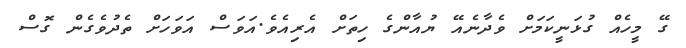
ގޭ މީހެއް ގުޅަނީކަމަށް ވެދާނެއޭ ޔުއާންގެ ހިތަށް އެރިއެވެ.އަވަސް އަވަހަށް ތެދުވެގެން ގޮސް